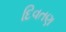
દિવતણ